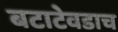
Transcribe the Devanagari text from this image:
बटाटेवडाच